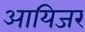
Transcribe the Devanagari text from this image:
आयिजर